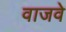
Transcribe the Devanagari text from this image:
वाजवे